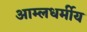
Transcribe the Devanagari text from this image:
आम्लधर्मीय